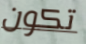
تكون